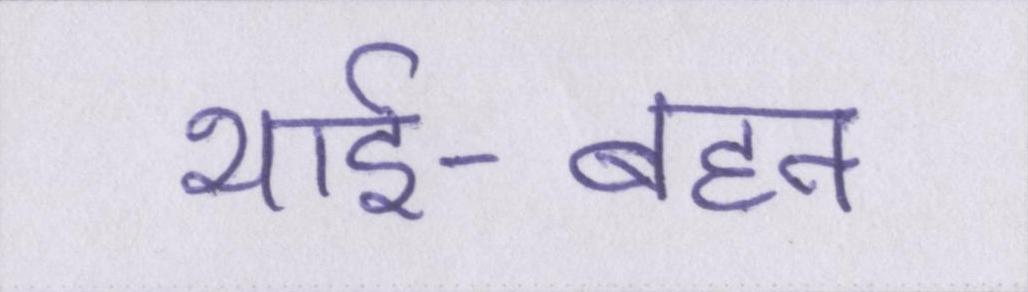
भाई-बहन